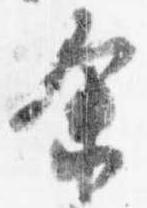
余